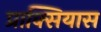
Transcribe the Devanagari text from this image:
प्राक्सियास